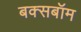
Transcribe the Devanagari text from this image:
बक्सबॉम